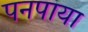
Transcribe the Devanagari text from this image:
पनपाया